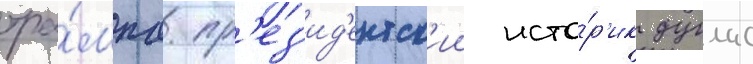
тра́мпа. пр'ез'ид'ентск'ии исто́р'ик дуглас